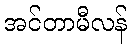
အင်တာမီလန်